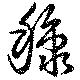
穅